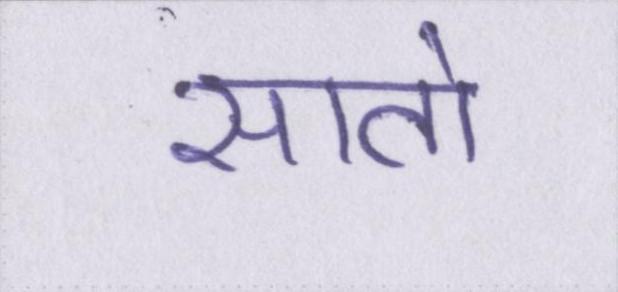
सातो